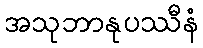
အသုဘာနုပဿီနံ